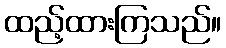
ထည့်ထားကြသည်။